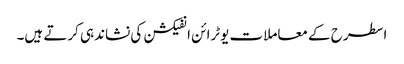
اسطرح کے معاملات یوٹرائن انفیکشن کی نشاندہی کرتے ہیں۔